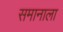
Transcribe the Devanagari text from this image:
समानाला